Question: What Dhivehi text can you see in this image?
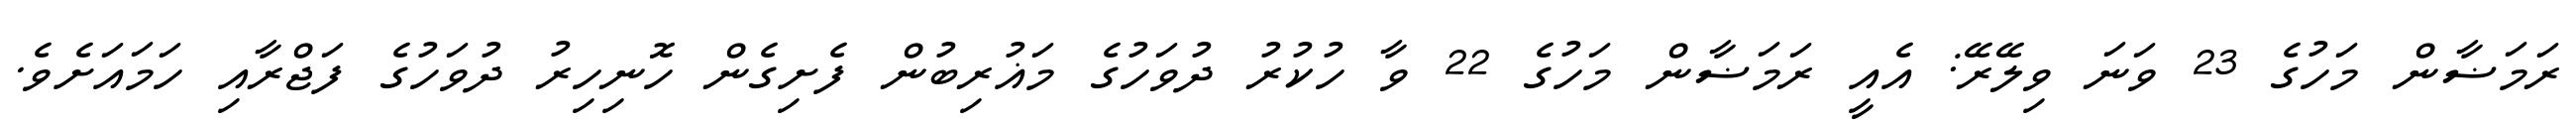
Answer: ރަމަޟާން މަހުގެ 23 ވަނަ ވިލޭރޭ: އެއީ ރަމަޟާން މަހުގެ 22 ވާ ހުކުރު ދުވަހުގެ މަޣުރިބުން ފެށިގެން ހޮނިހިރު ދުވަހުގެ ފަޖްރާއި ހަމައަށެވެ.